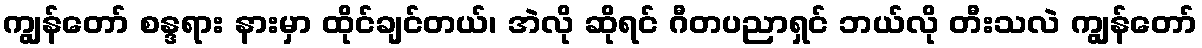
ကျွန်တော် စန္ဒရား နားမှာ ထိုင်ချင်တယ်၊ အဲလို ဆိုရင် ဂီတပညာရှင် ဘယ်လို တီးသလဲ ကျွန်တော်